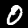
Label: 0